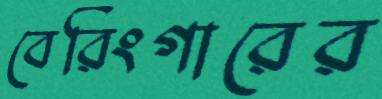
বেরিংগারের